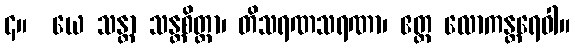
၄။  ယေ သန္တာ သန္တစိတ္တာ၊ တိသရဏသရဏာ၊ ဧတ္ထ လောကန္တရေဝါ။